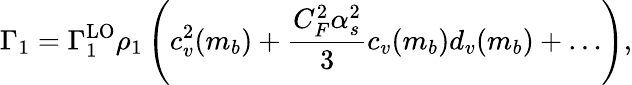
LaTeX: \Gamma_{1}=\Gamma_{1}^{\mathrm{LO}}\rho_{1}\left(c_{v}^{2}(m_{b})+{\frac{C_{F}^{2}\alpha_{s}^{2}}{3}}c_{v}(m_{b})d_{v}(m_{b})+\ldots\right),